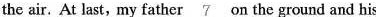
the air. At last, my father \underline{7} on the ground and his